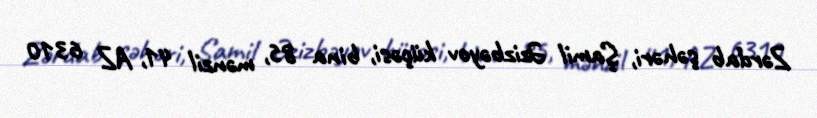
Zərdab şəhəri, Şamil Əzizbəyov küçəsi, bina 85, mənzil 41, AZ 6310